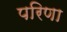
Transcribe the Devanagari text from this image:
परिणा